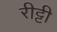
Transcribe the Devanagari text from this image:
रीट्टी